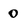
Character: 0